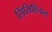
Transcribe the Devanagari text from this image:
सिंसिशियल